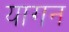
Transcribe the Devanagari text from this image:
यागन